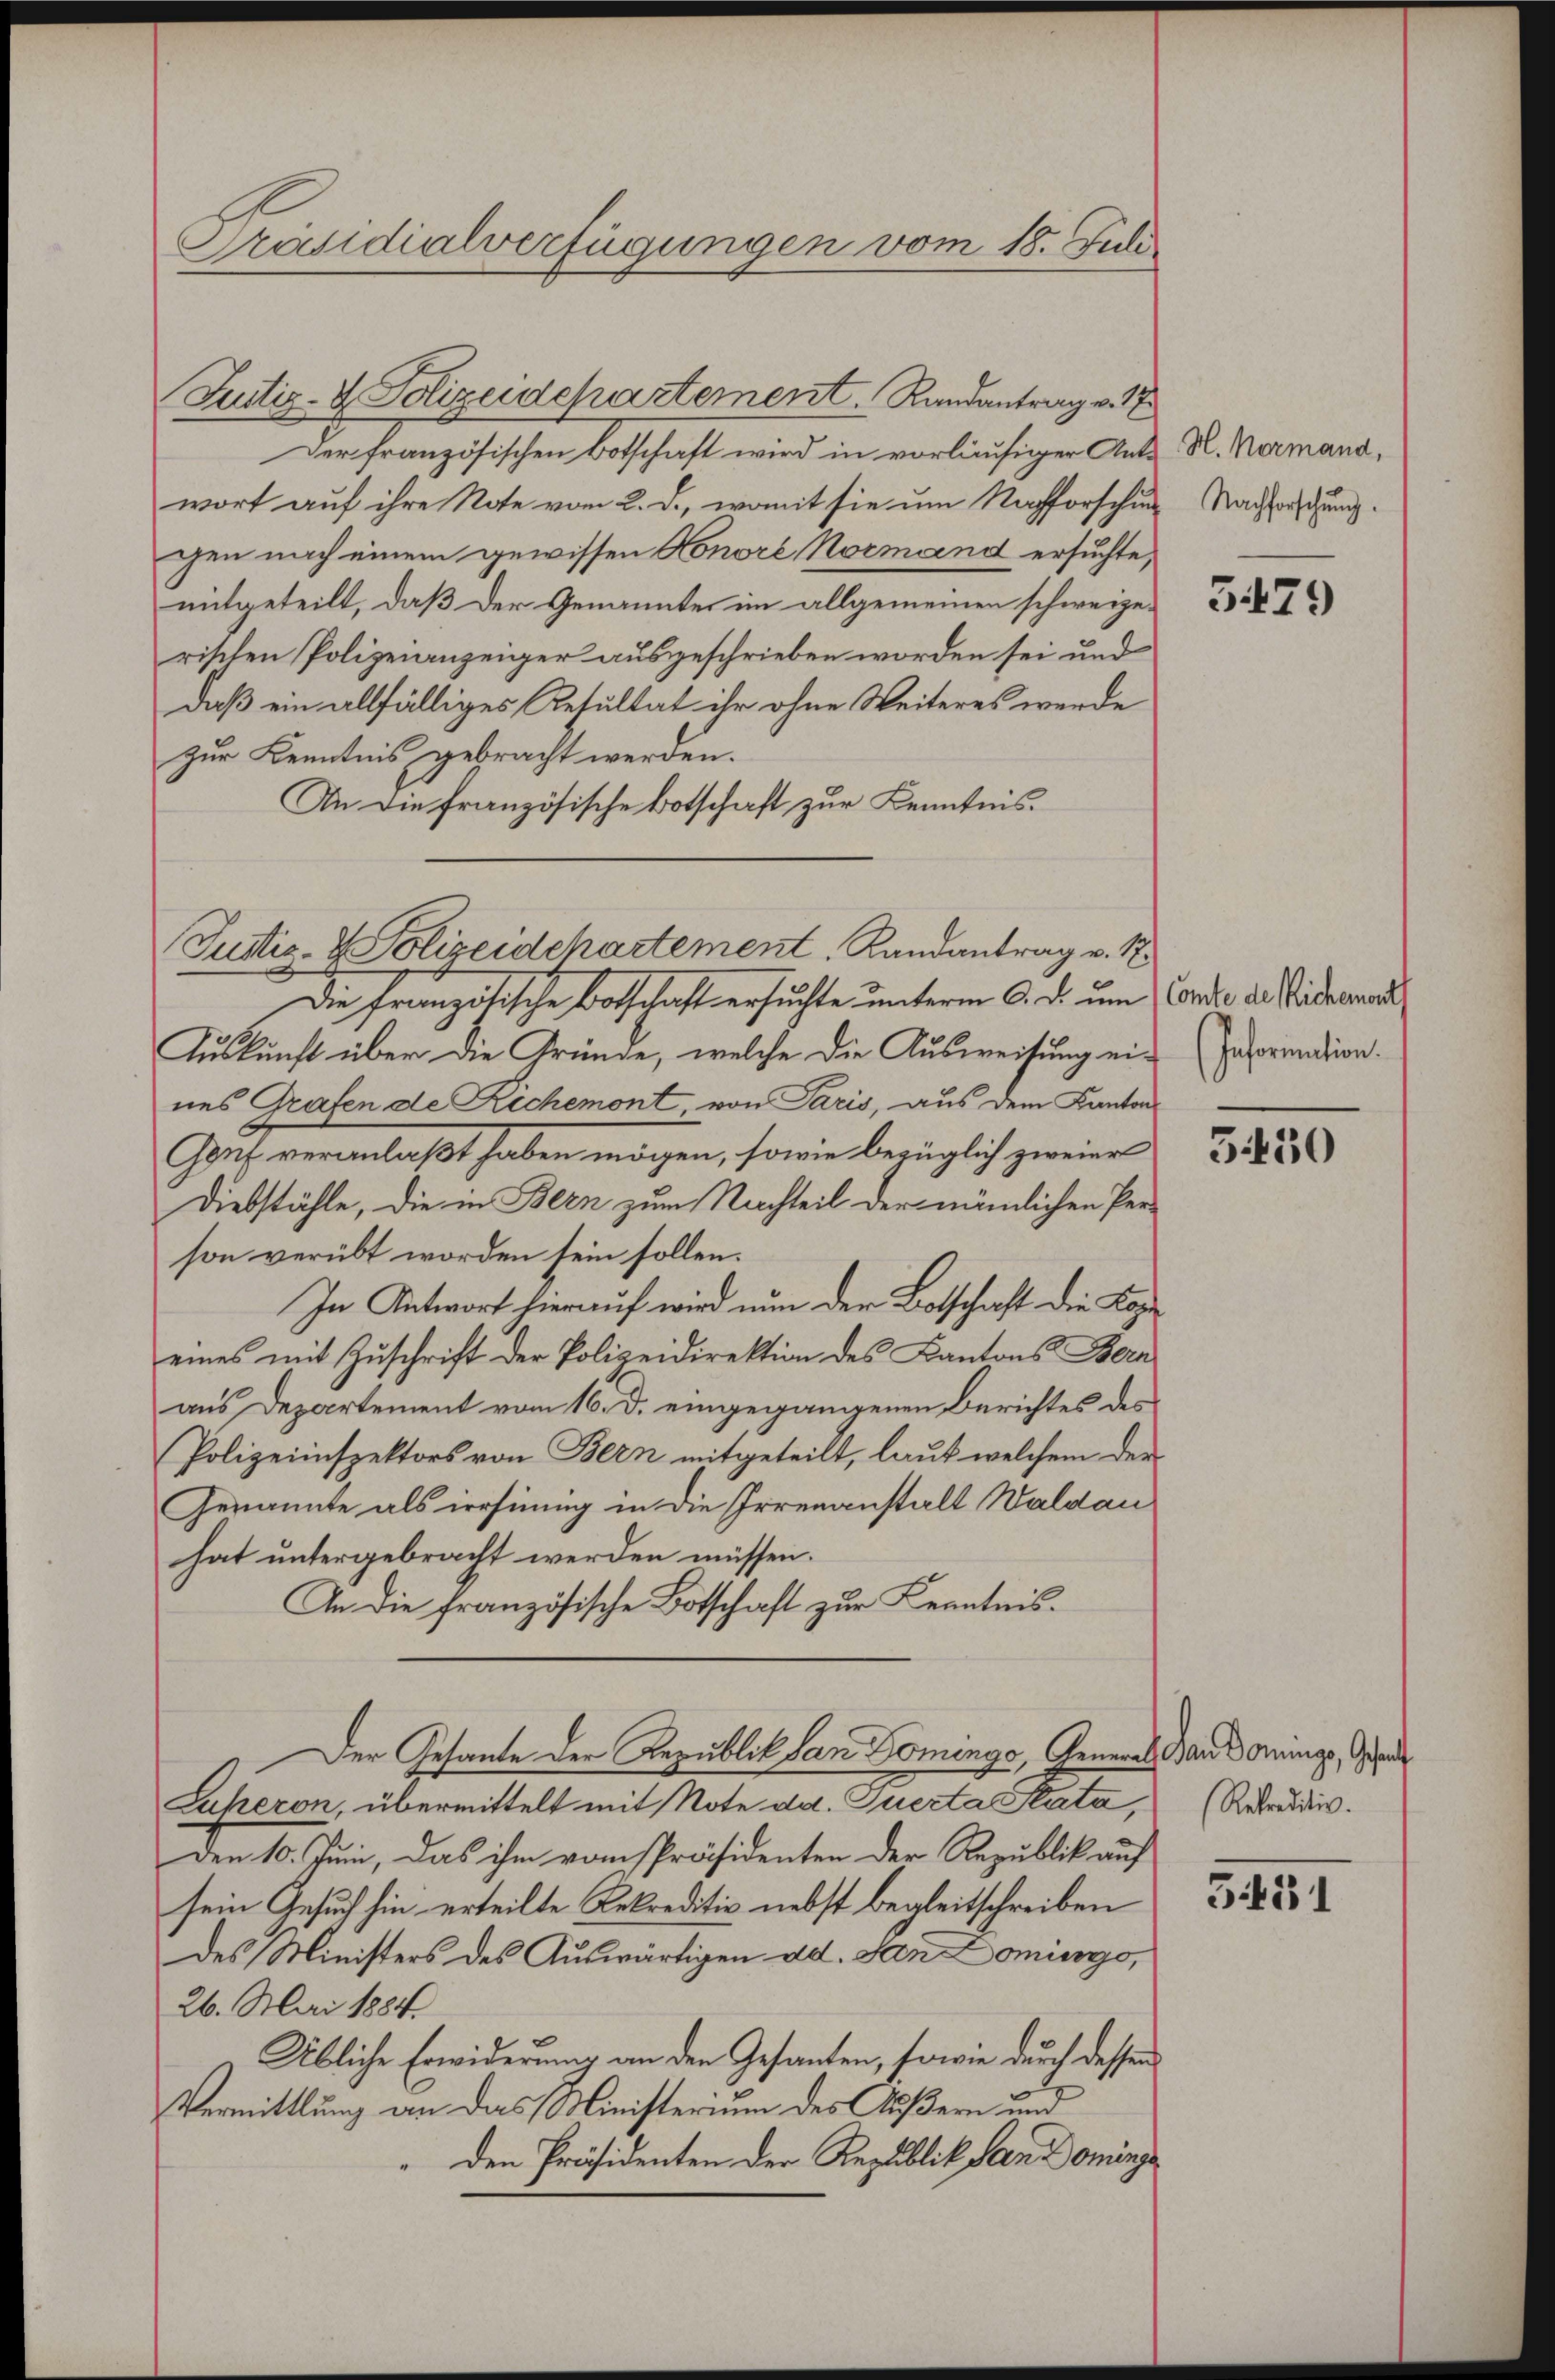
Präsidialverfügungen vom 18. Juli.

Justiz- & Polizeidepartement. Randantrag v. 17
Der französischen Botschaft wird in vorläufiger Antwort auf ihre Note vom 2. d., womit sie um Nachforschung Nachforschung.
gen nach einem gewissen Honore Normand ersuchte,
mitgeteilt, daß der Genanntes im allgemeinen schweizerischen Polizeianzeiger ausgeschrieben worden sei und
daß ein allfälliges Resultat ihr ohne Weiteres werde
zur Kenntnis gebracht werden.
An die französische Botschaft zur Kenntnis.
Die Französische Botschaft ersuchte unterm 6. d. um Candio die Widemand
Auskunft über die Gründe, welche die Ausweisung ei-Information.
nes Grafen de Richemont von Paris, aus dem Kanton
Genf veranlaßt haben mögen, sowie bezüglich zweier
Diebstähle, die in Bern zum Nachteil der nämlichen Person verübt worden sein sollen.
In Antwort hierauf wird nun der Botschaft die Kopeines mit Zuschrift der Polizeidirektion des Kantons Bern
aus Departement vom 16. d. eingegangenen Berichtes des
Polizeiinspektors von Bern mitgeteilt, laut welchem der
Genannte als irrsinung in die Irrenanstalt Waldau
hat untergebracht werden müssen.
An die französische Botschaft zur Kenntnis.
Der Gesante der Republik San Dominga, General Banderungs, Gesand
Superon, übermittelt mit Note da. Querta Stata,
Den 10. Juni, das ihm vom Präsidenten der Republik auf
sein Gesuch hin erteilte Rekreditiv nebst begleitschreiben
des Ministers des Auswärtigen ad. den Domings,
26. Mai 1884.
Übliche Erwiderung an den Gesanten, sowie durch dessen
Vermittlung an das Ministerium des Äußern und
den Präsidenten der Republik dan Dominga

Justiz- & Polizeidchartement, Landantrag v. M.

H. Normand,

3479

3450

(Retraditiv.

331